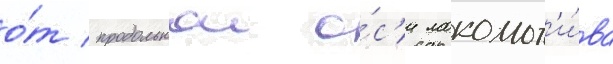
о́т продольнои о́с'и локомот'и́ва